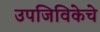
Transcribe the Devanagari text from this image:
उपजिविकेचे